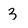
Character: 3